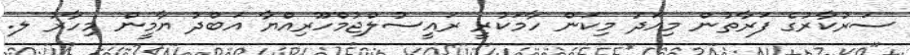
ސަރުކާރުގެ ފަރާތުން މިއަދު މިކަން ހާމަކުރީ ރައީސުލްޖުމްހޫރިއްޔާ އަބްދު ޔާމީން މިހާރު ލ.